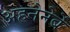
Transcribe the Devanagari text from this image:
अहनेनेर्बे